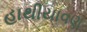
હાથીયાવણ